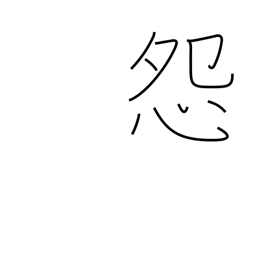
Meaning: be jealous